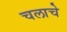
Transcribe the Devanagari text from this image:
चलाचे